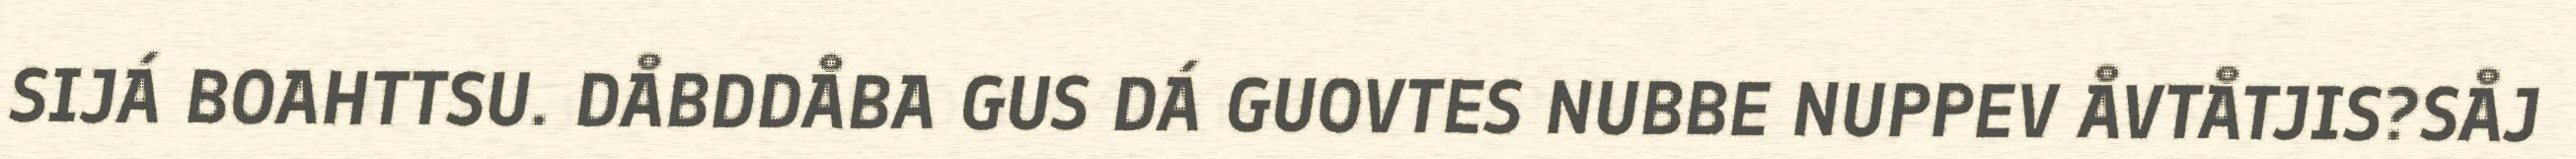
SIJÁ BOAHTTSU. DÅBDDÅBA GUS DÁ GUOVTES NUBBE NUPPEV ÅVTÅTJIS?SÅJ